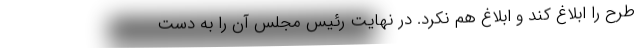
طرح را ابلاغ کند و ابلاغ هم نکرد. در نهایت رئیس مجلس آن را به دست